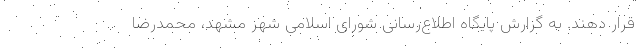
قرار دهند. به گزارش پایگاه اطلاع‌رسانی شورای اسلامی شهر مشهد، محمدرضا